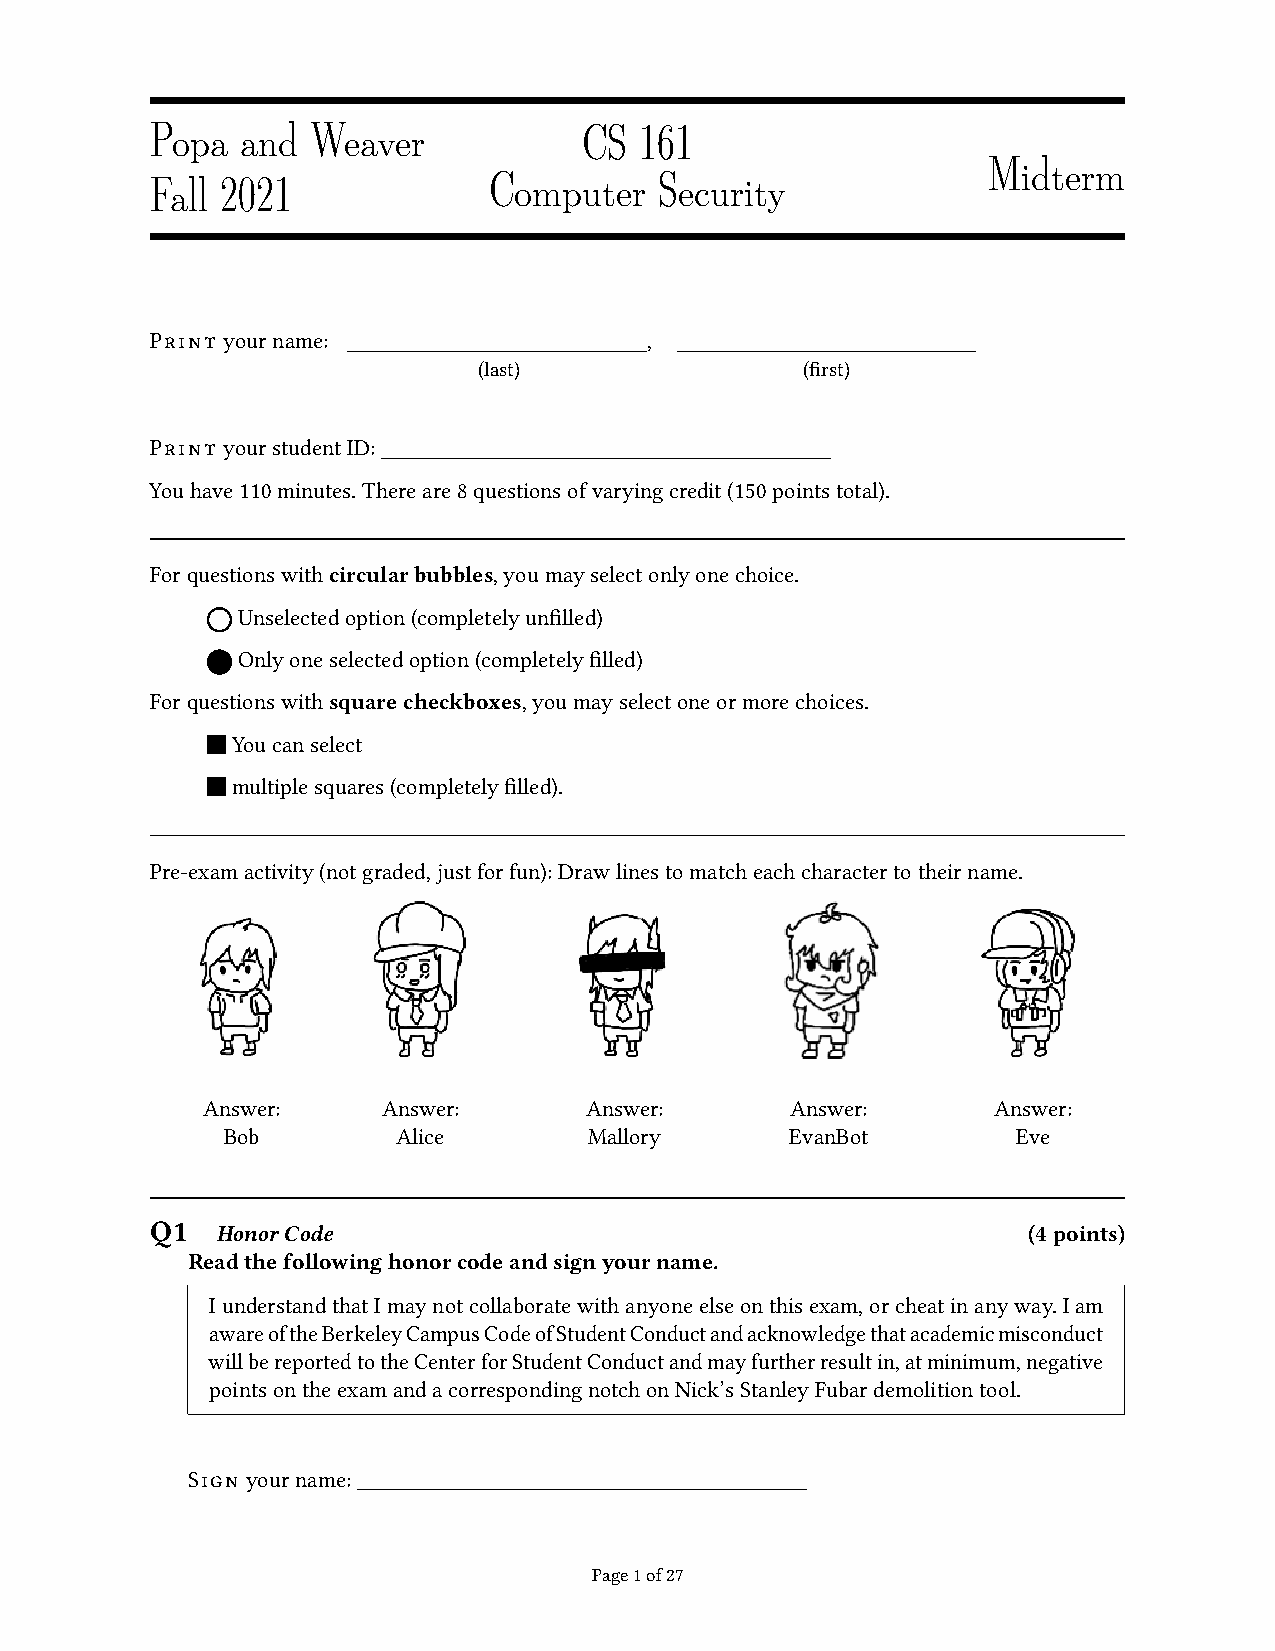
Popa  and  Weaver            CS 161
 Midterm
 Fall 2021             Computer    Security
 Print yourname:                  ,
 (last)               (first)
 Print yourstudentID:
 Youhave110minutes.Thereare8questionsofvaryingcredit(150pointstotal).
 Forquestionswithcircularbubbles,youmayselectonlyonechoice.
 Unselectedoption(completelyunfilled)
 Onlyoneselectedoption(completelyfilled)
 Forquestionswithsquarecheckboxes,youmayselectoneormorechoices.
 Youcanselect
 multiplesquares(completelyfilled).
 Pre-examactivity(notgraded,justforfun):Drawlinestomatcheachcharactertotheirname.
 Answer:     Answer:       Answer:      Answer:       Answer:
 Bob        Alice        Mallory      EvanBot        Eve
 Q1  HonorCode                                             (4points)
 Readthefollowinghonorcodeandsignyourname.
 IunderstandthatImaynotcollaboratewithanyoneelseonthisexam,orcheatinanyway.Iam
 awareoftheBerkeleyCampusCodeofStudentConductandacknowledgethatacademicmisconduct
 willbereportedtotheCenterforStudentConductandmayfurtherresultin,atminimum,negative
 pointsontheexamandacorrespondingnotchonNick’sStanleyFubardemolitiontool.
 Sign yourname:
 Page1of27